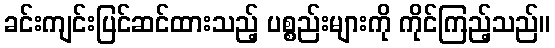
ခင်းကျင်းပြင်ဆင်ထားသည့် ပစ္စည်းများကို ကိုင်ကြည့်သည်။